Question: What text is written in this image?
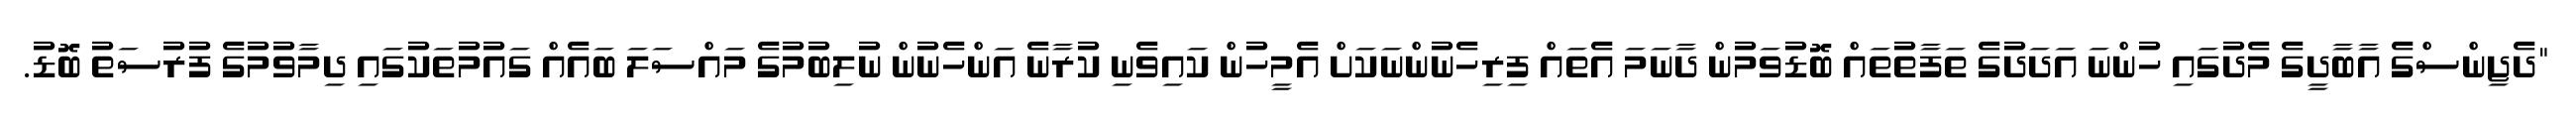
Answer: "ދެޖިންސްގެ އާބާދީގެ މެދުގައި ހުންނަ އަދަދުގެ ތަފާތުތައް ބޮޑުވަމުން ދާނަމަ އެތައް ފިރިހެނުންނަކަށް އެމީހުން ކައިވެނި ކުރާނެ އަންހެނުން ނުލިބުމުގެ މައްސަލަ ބައެއް ގައުމުތަކުގައި ދިމާވުމުގެ ފުރުސަތު ބޮޑު.